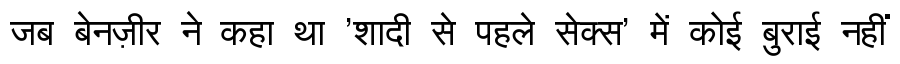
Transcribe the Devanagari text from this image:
जब बेनज़ीर ने कहा था 'शादी से पहले सेक्स' में कोई बुराई नहीं